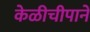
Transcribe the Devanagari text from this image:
केळीचीपाने